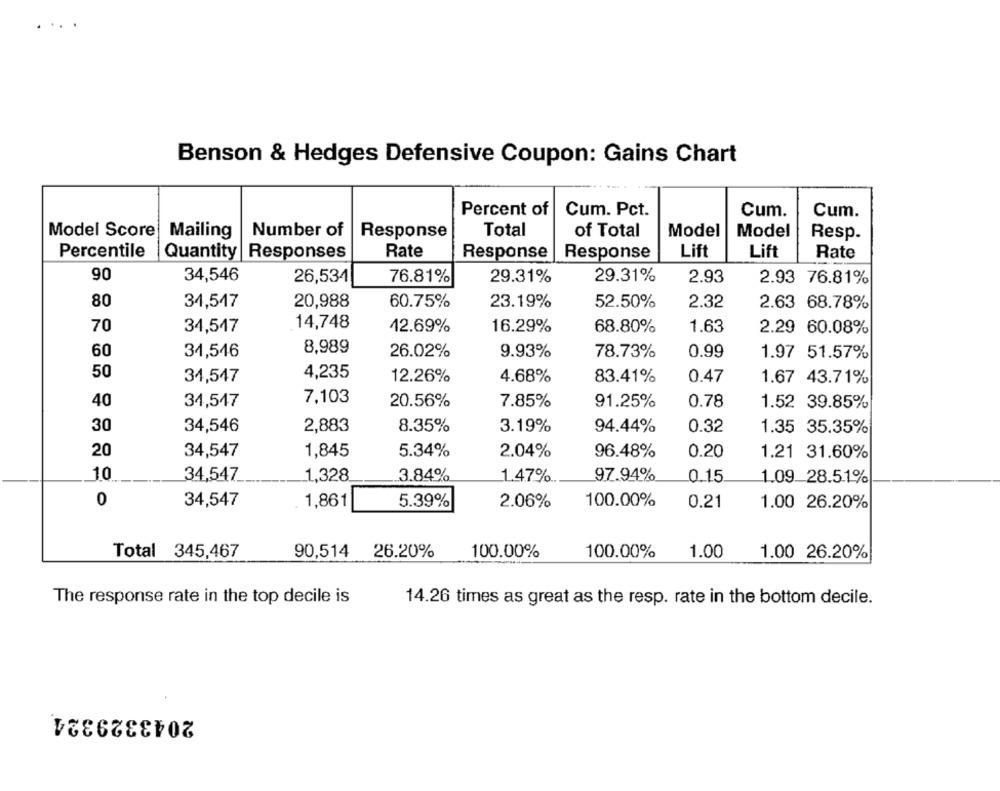
...
Benson & Hedges Defensive Coupon: Gains Chart
Percent of
Cum. Pct.
Cum.
Cum.
Model Score
Mailing
Number of
Response
Total
of Total
Model
Model
Resp.
Rate
Lift
Lift
Percentile
Quantity Responses
Response
Response
Rate
90
34,546
29.31%
26,534
76.81%
29.31%
2.93
2.93 76.81%
80
34,547
20,988
60.75%
23.19%
52.50%
2.32
2.63 68.78%
14,748
70
34,547
42.69%
16.29%
68.80%
1.63
2.29 60.08%
8,989
60
34,546
26.02%
9.93%
78.73%
0.99
1.97 51.57%
50
34,547
4,235
12.26%
4.68%
83.41%
0.47
1.67 43.71%
40
34,547
7,103
20.56%
7.85%
91.25%
0.78
1.52 39.85%
30
34,546
2,883
8.35%
3.19%
94.44%
0.32
1.35 35.35%
34,547
20
1,845
5.34%
2.04%
96.48%
0.20
1.21 31.60%
97.94%
10
34,547
1.328
3.84%
1.47%
0.15
1.09 28.51%
0
34,547
1,861
5.39%
2.06%
100.00%
0.21
1.00 26.20%
Total 345,467
90,514 26.20%
100.00%
100.00%
1.00
1.00 26.20%
The response rate in the top decile is
14.26 times as great as the resp. rate in the bottom decile.
2043329324